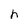
Character: h